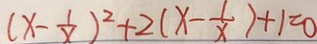
( x - \frac { 1 } { x } ) ^ { 2 } + 2 ( x - \frac { 1 } { x } ) + 1 = 0